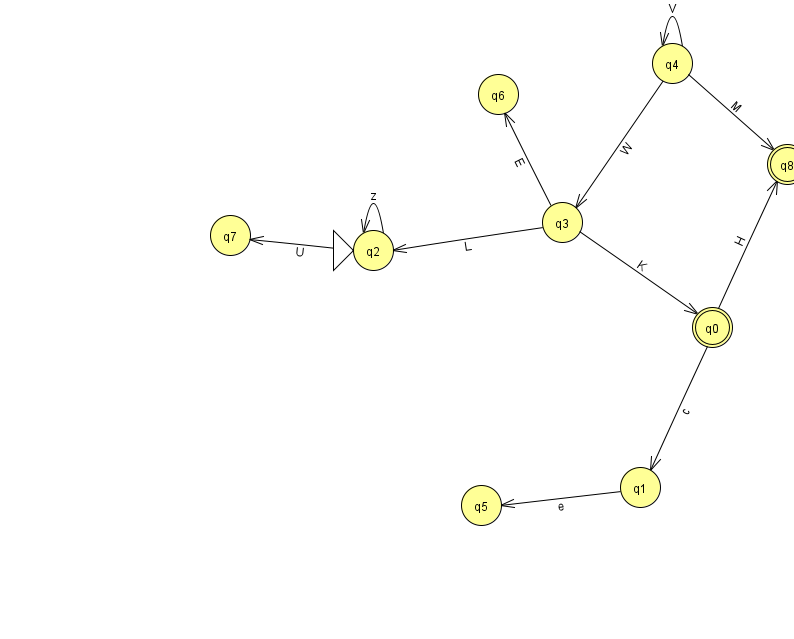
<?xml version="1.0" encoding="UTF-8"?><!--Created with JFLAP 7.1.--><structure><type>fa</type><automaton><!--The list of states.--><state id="0" name="q0"><x>712.0</x><y>314.0</y><final/></state><state id="1" name="q1"><x>640.0</x><y>474.0</y></state><state id="2" name="q2"><x>373.0</x><y>237.0</y><initial/></state><state id="3" name="q3"><x>562.0</x><y>209.0</y></state><state id="4" name="q4"><x>672.0</x><y>50.0</y></state><state id="5" name="q5"><x>481.0</x><y>492.0</y></state><state id="6" name="q6"><x>498.0</x><y>81.0</y></state><state id="7" name="q7"><x>230.0</x><y>222.0</y></state><state id="8" name="q8"><x>787.0</x><y>151.0</y><final/></state><!--The list of transitions.--><transition><from>3</from><to>6</to><read>E</read></transition><transition><from>0</from><to>8</to><read>H</read></transition><transition><from>2</from><to>7</to><read>U</read></transition><transition><from>4</from><to>4</to><read>V</read></transition><transition><from>0</from><to>1</to><read>c</read></transition><transition><from>2</from><to>2</to><read>z</read></transition><transition><from>3</from><to>0</to><read>K</read></transition><transition><from>4</from><to>3</to><read>W</read></transition><transition><from>4</from><to>8</to><read>M</read></transition><transition><from>1</from><to>5</to><read>e</read></transition><transition><from>3</from><to>2</to><read>L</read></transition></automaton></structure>